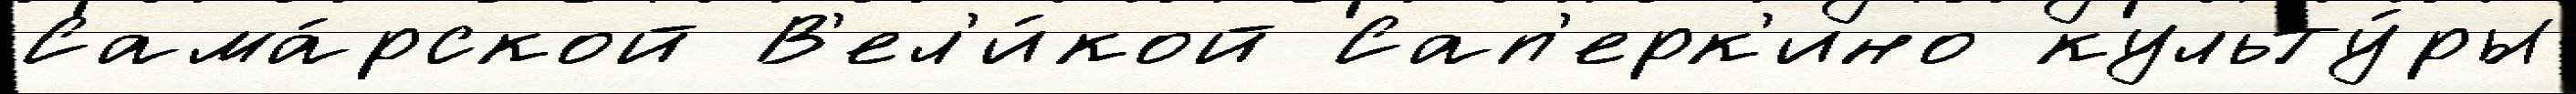
Сама́рской В'ел'и́кой Сап'ерк'ино культу́ры